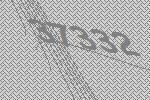
37332